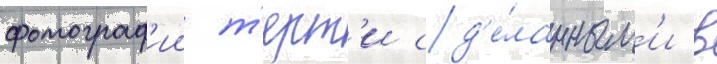
фотограф'ии т'ерт'и сд'е́ланным'и в